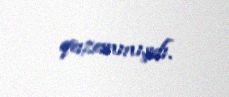
qazanmışdı.